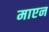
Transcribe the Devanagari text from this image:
माएन